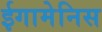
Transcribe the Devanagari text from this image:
ईगामेनिस